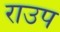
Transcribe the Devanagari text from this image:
राउप